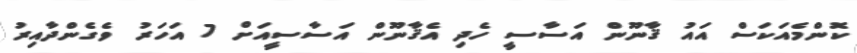
ކޮންމެއަކަސް އައު ޤާނޫން އަސާސީ ހެދި އެޤާނޫން އަސާސީއަށް 7 އަހަރު ވެގެންދާއިރު